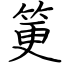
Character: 筻